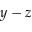
y - z